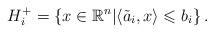
LaTeX: \begin{align*}H_{i}^+=\left\lbrace x\in\mathbb{R}^n \middle|\left\langle \tilde a_i,x \right\rangle \leqslant b_i \right\rbrace.\end{align*}